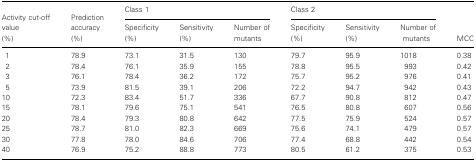
<table><thead><tr><td></td><td></td><td colspan="3"><b>Class 1</b></td><td colspan="3"><b>Class 2</b></td><td></td></tr><tr><td><b>Activity cut-off value (%)</b></td><td><b>Prediction accuracy (%)</b></td><td><b>Specificity (%)</b></td><td><b>Sensitivity (%)</b></td><td><b>Number of mutants</b></td><td><b>Specificity (%)</b></td><td><b>Sensitivity (%)</b></td><td><b>Number of mutants</b></td><td><b>MCC</b></td></tr></thead><tbody><tr><td>1</td><td>78.9</td><td>73.1</td><td>31.5</td><td>130</td><td>79.7</td><td>95.9</td><td>1018</td><td>0.38</td></tr><tr><td>2</td><td>78.4</td><td>76.1</td><td>35.9</td><td>155</td><td>78.8</td><td>95.5</td><td>993</td><td>0.42</td></tr><tr><td>3</td><td>76.1</td><td>78.4</td><td>36.2</td><td>172</td><td>75.7</td><td>95.2</td><td>976</td><td>0.41</td></tr><tr><td>5</td><td>73.9</td><td>81.5</td><td>39.1</td><td>206</td><td>72.2</td><td>94.7</td><td>942</td><td>0.43</td></tr><tr><td>10</td><td>72.3</td><td>83.4</td><td>51.7</td><td>336</td><td>67.7</td><td>90.8</td><td>812</td><td>0.47</td></tr><tr><td>15</td><td>78.1</td><td>79.6</td><td>75.1</td><td>541</td><td>76.5</td><td>80.8</td><td>607</td><td>0.56</td></tr><tr><td>20</td><td>78.4</td><td>79.3</td><td>80.8</td><td>642</td><td>77.5</td><td>75.9</td><td>524</td><td>0.57</td></tr><tr><td>25</td><td>78.7</td><td>81.0</td><td>82.3</td><td>669</td><td>75.6</td><td>74.1</td><td>479</td><td>0.57</td></tr><tr><td>30</td><td>77.8</td><td>78.0</td><td>84.6</td><td>706</td><td>77.4</td><td>68.8</td><td>442</td><td>0.54</td></tr><tr><td>40</td><td>76.9</td><td>75.2</td><td>88.8</td><td>773</td><td>80.5</td><td>61.2</td><td>375</td><td>0.53</td></tr></tbody></table>